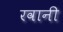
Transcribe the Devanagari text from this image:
रवानी